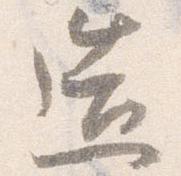
造